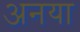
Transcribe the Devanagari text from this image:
अनया